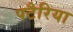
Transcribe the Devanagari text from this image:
पटैरिया